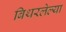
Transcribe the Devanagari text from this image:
बिथरलेल्या